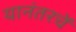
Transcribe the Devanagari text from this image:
यानंतरचें